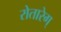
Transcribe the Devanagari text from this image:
रोतारेग्